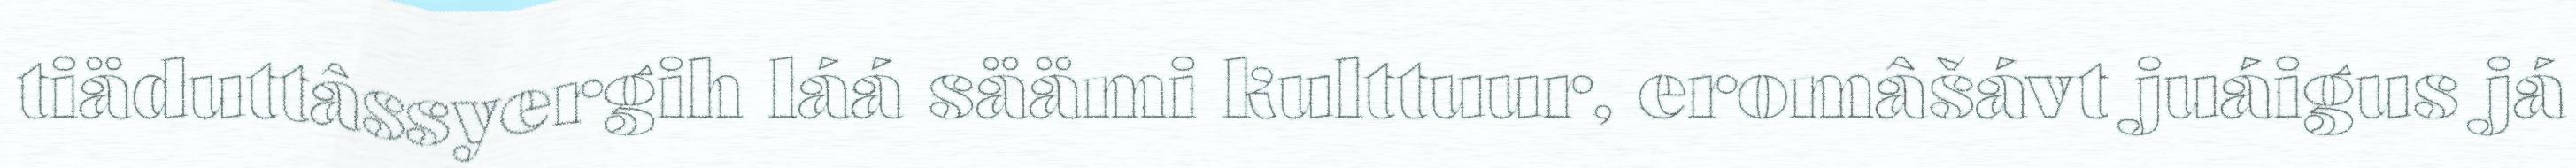
tiäduttâssyergih láá säämi kulttuur, eromâšávt juáigus já